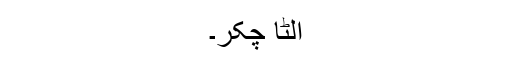
الٹا چکّر۔